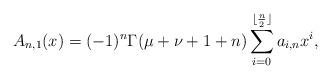
LaTeX: \begin{align*}A_{n,1}(x)=(-1)^n\Gamma(\mu+\nu+1+n)\sum_{i=0}^{\lfloor\frac{n}{2}\rfloor}a_{i,n}x^i,\end{align*}